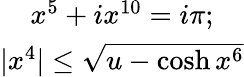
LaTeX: \begin{array}{c}{{x^{5}+ix^{10}=i\pi;}}\\ {{|x^{4}|\leq\sqrt{u-\cosh x^{6}}}}\end{array}